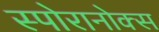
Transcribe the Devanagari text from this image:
स्पोरानोक्स